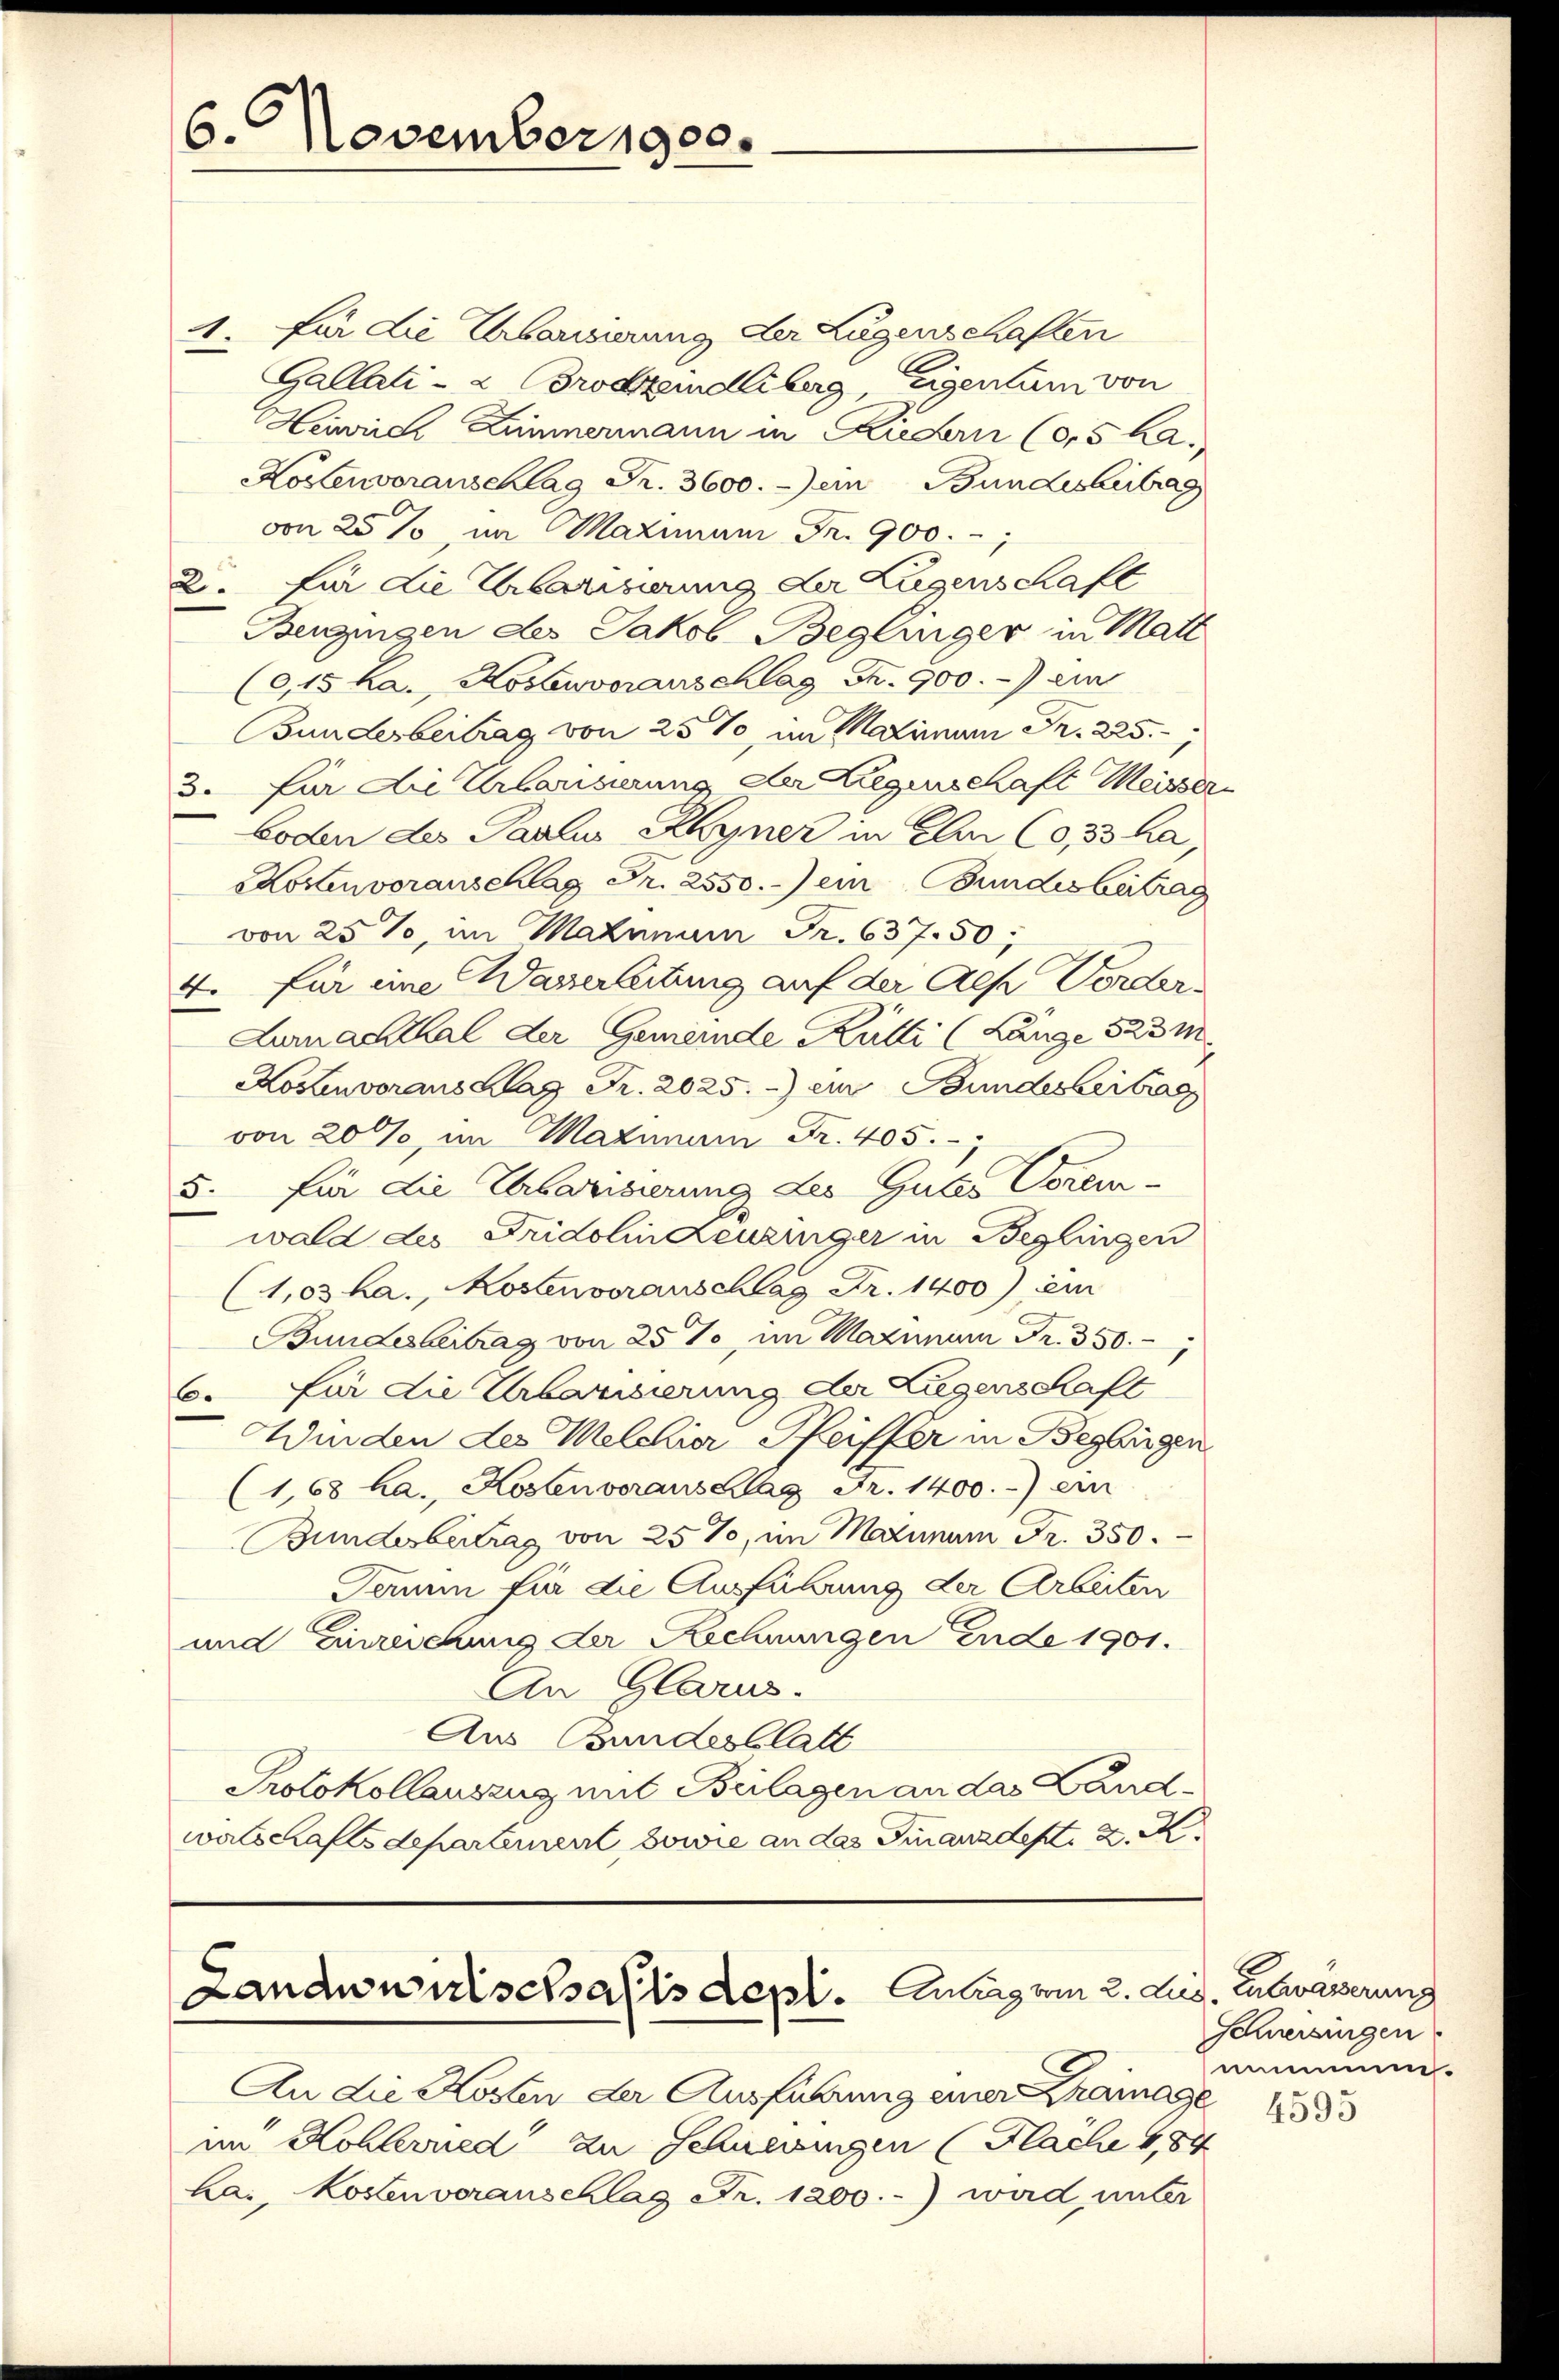
6. November 1900.

1.
für die Erbausierung der Lugenschaften
Gallati- & Brodzindliberg eigentum von
Heinrich Zimmermann in Riedern (05 ka.
Kostenvoranschlag Fr. 3600. ein Bundesbetrag
von 25%, im Maximann Fr. 900.
2. für die Urbarisierung der Lügenschaft
Bergingen des Jakob Beglinger in Matt
(,15 ka., Kostenvorauschlag Fr. 900.- ein
Bunderbeitrag von 25%, am Maximum Fr. 225. 7
3. für die Urbarisierung der Liegenschaft Meiser
boden des Paulus Rhyner in Ei (0,53 ha,
KKostenvoranschlag Fr. 2550. ein Bundesbetrag
von 25%, im Mahmann Fr. 637. 50;
4. für eine Waserleitung auf der Aese Vorder
Lumachthal der Gemeinde Kutti (Lunge 523 m
Kostenvoranschlag Fr. 2025.) ein Bundesbeitrag
von 200, im Maximum Fr. 405.
5. für die Urbarisierung des Gutes Vorem-
wald des Fridolin Leuzinger in Beglingen
(1,03 ha., Kostenveranschlag Fr. 1400) iem
Bundesbeitrag von 25 %, im Maximum Fr. 350.
für die Urbarisierung der Liegenschaft
6.
Winden des Melchior Pfeiffer in Begligen
(1,68 ha., Kostenvorausclag Fr. 1400. ein
Bundesbertrag von 25%, im Maximum Fr. 350.
Termin für die Ausführung der Arbeiten
und Einreichung der Rechnungen Ende 1901.
An Glarus.
Aus Bundesblatt
Protokollauszug mit Beilagen an das Landwalschaftsdepartement, sowie an das Finanzdept. d. M.

Landwunschalls depl. Carg vom 2. Aug. Entwässerung

An die Kosten der Ausführung einer Krainage 1883
im Kohleried zu Schneringen (Flache 184
Lai, Kosten veranschlag Fr. 1200.- wird unter

Schreisingen
nimmen.